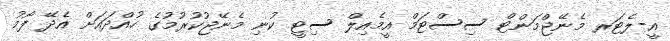
އީ-ލެޓަރ މެނޭޖްމަންޓް ސިސްޓަމް އީމެއިލް ސިޓީ ކުނި މެނޭޖުކުރުމުގެ ހުއްދައަށް އެދޭ ފޯމު